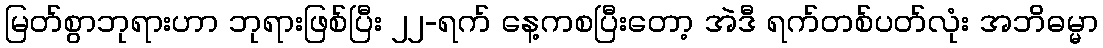
မြတ်စွာဘုရားဟာ ဘုရားဖြစ်ပြီး ၂၂-ရက် နေ့ကစပြီးတော့ အဲဒီ ရက်တစ်ပတ်လုံး အဘိဓမ္မာ